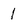
Character: 1